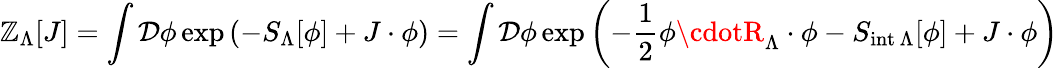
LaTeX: \mathbb{Z}_{\Lambda}[J]=\int{\mathcal{{D}}}\phi\exp\left(-S_{\Lambda}[\phi]+J\cdot\phi\right)=\int{\mathcal{{D}}}\phi\exp\left(-{\frac{{1}}{{2}}}\phi\cdotR_{\Lambda}\cdot\phi-S_{{\mathrm{{int}}}\, \Lambda}[\phi]+J\cdot\phi\right)